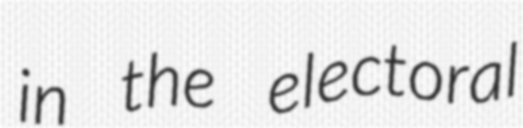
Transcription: in the electoral